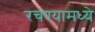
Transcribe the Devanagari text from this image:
रचण्यामध्ये